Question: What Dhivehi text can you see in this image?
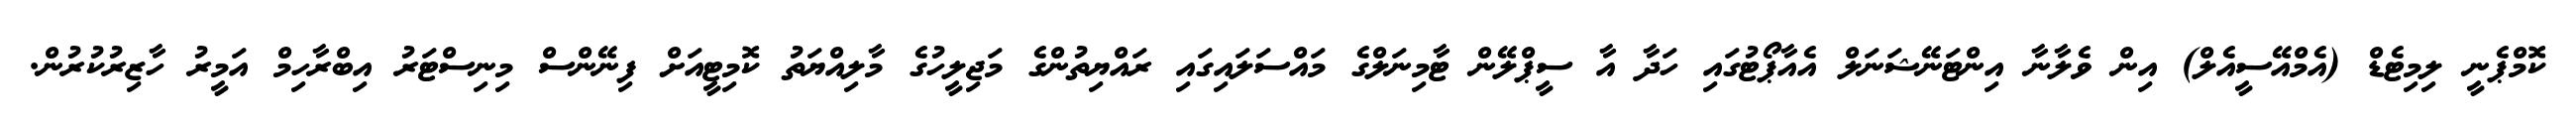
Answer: ކޮމްޕެނީ ލިމިޓެޑް (އެމްއޭސީއެލް) އިން ވެލާނާ އިންޓަނޭޝަނަލް އެއާޕޯޓުގައި ހަދާ އާ ސީޕްލޭން ޓާމިނަލްގެ މައްސަލައިގައި ރައްޔިތުންގެ މަޖިލީހުގެ މާލިއްޔަތު ކޮމިޓީއަށް ފިނޭންސް މިނިސްޓަރު އިބްރާހިމް އަމީރު ހާޒިރުކުރުން.